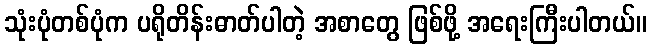
သုံးပုံတစ်ပုံက ပရိုတိန်းဓာတ်ပါတဲ့ အစာတွေ ဖြစ်ဖို့ အရေးကြီးပါတယ်။